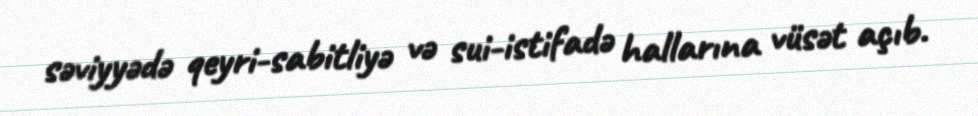
səviyyədə qeyri-sabitliyə və sui-istifadə hallarına vüsət açıb.